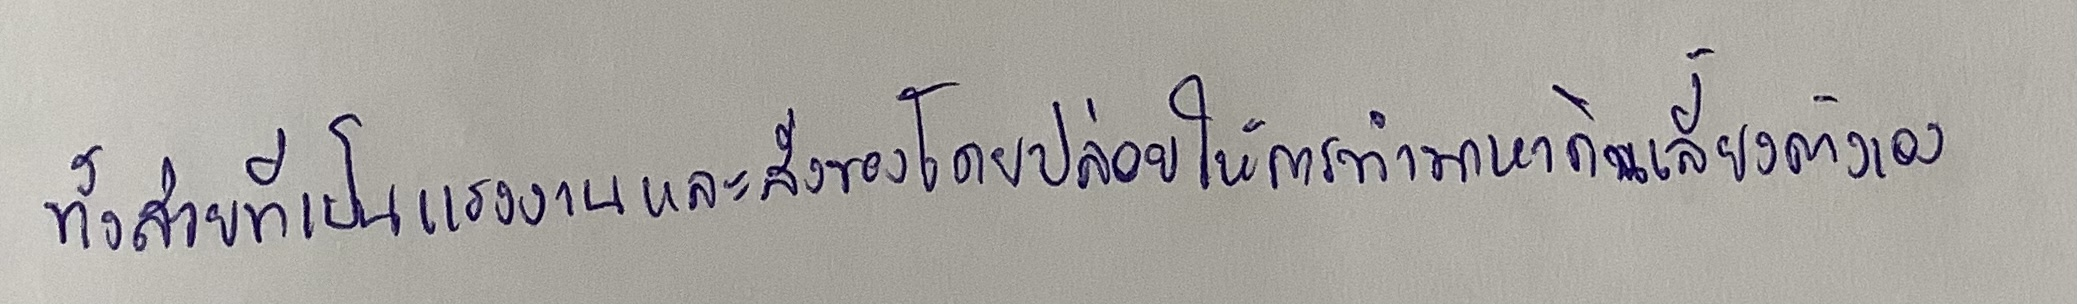
ทั้งส่วยที่เป็นแรงงานและสิ่งของโดยปล่อยให้การทำมาหากินเลี้ยงตัวเอง